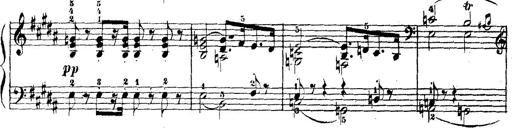
Title: Wagner-Liszt Album
Composer: Franz Liszt